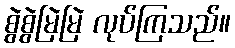
စွဲစွဲမြဲမြဲ လုပ်ကြသည်။